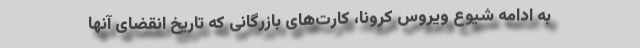
به ادامه شیوع ویروس کرونا، کارت‌های بازرگانی که تاریخ انقضای آنها